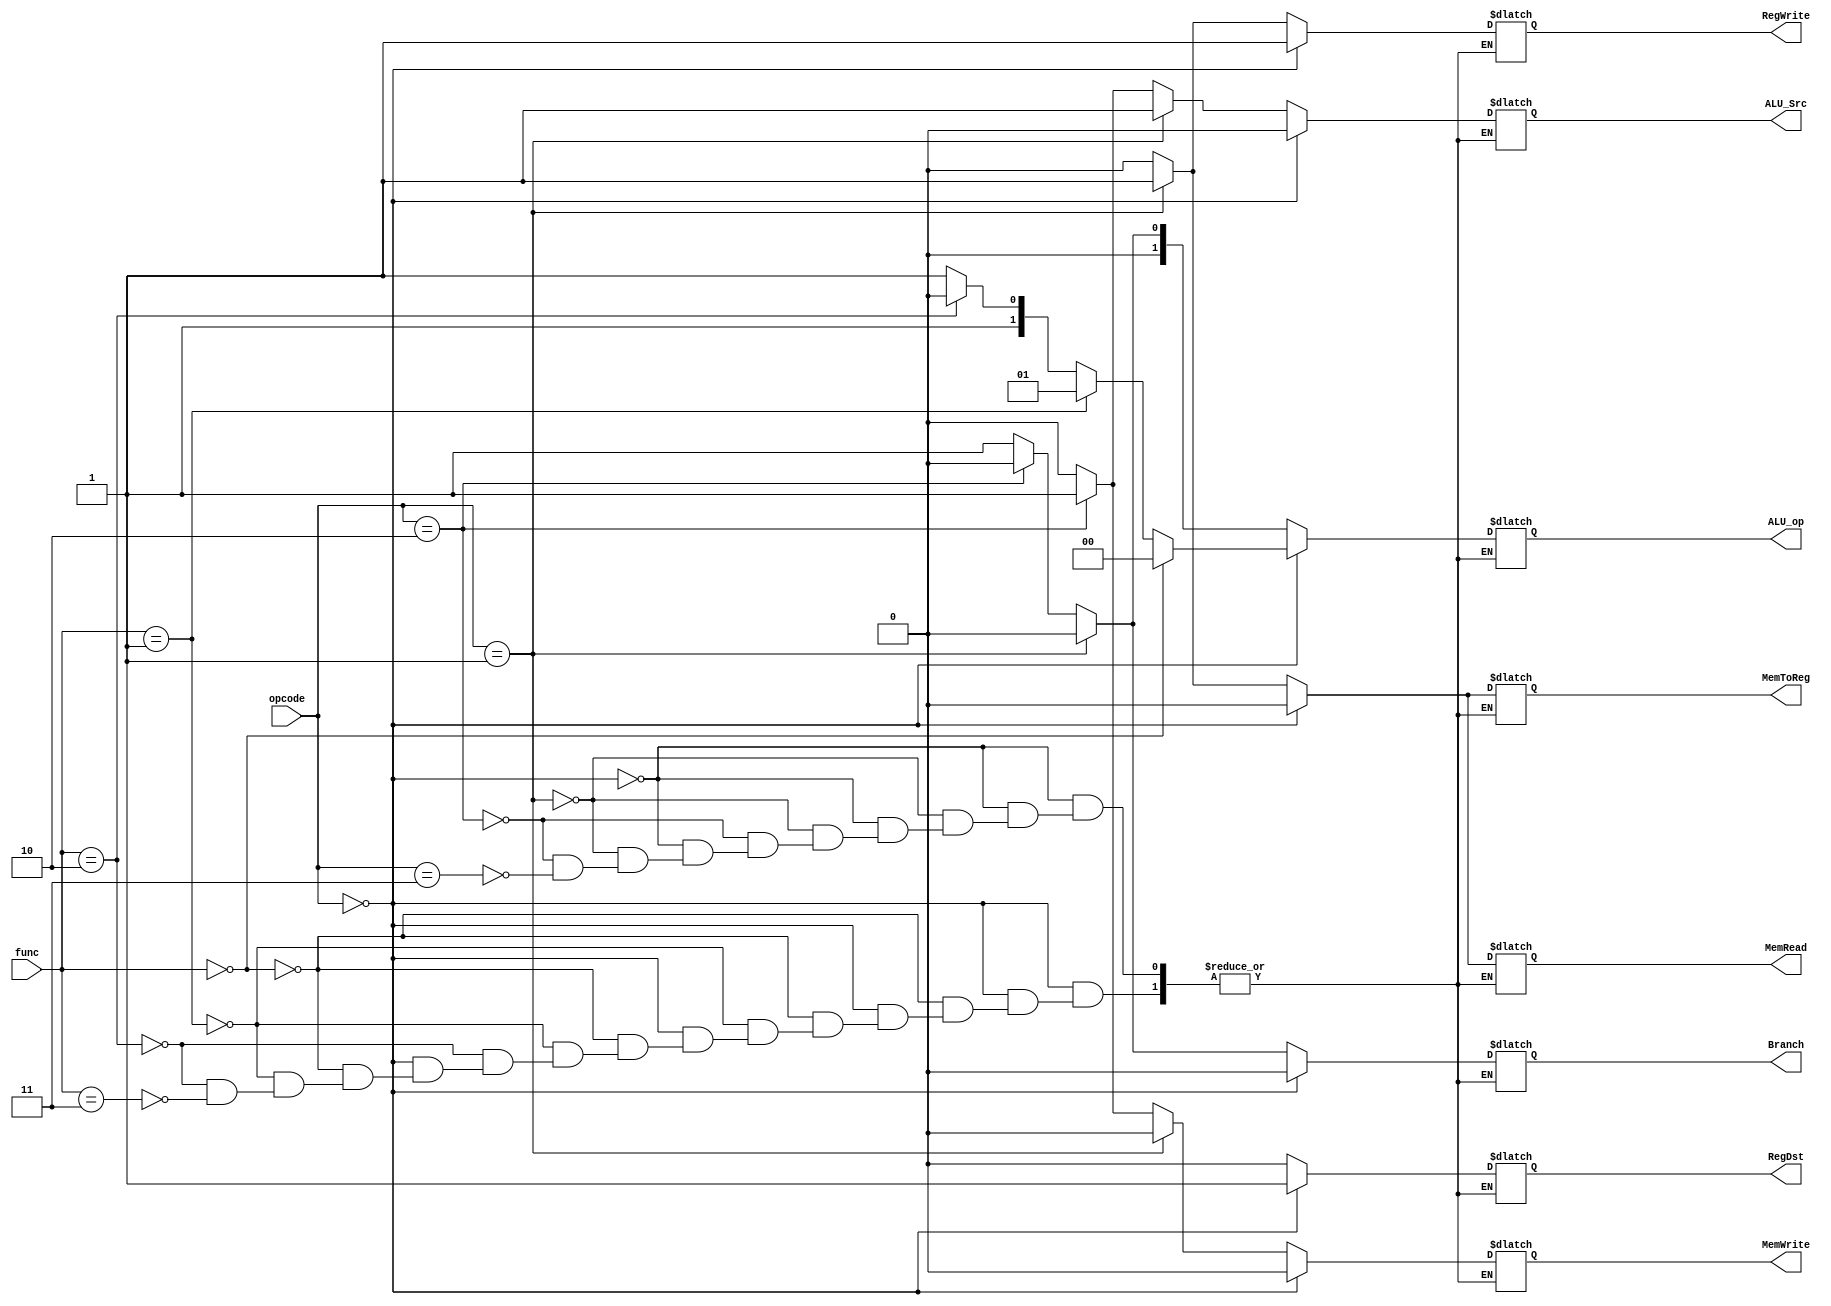
module Controller(
    opcode,
    func,
    RegDst,
    ALU_Src,
    MemToReg,
    RegWrite,
    MemRead,
    MemWrite,
    ALU_op,
    Branch
);
    input [5:0] opcode;
    input [5:0] func;
    output reg RegDst;
    output reg ALU_Src;
    output reg MemToReg;
    output reg RegWrite;
    output reg MemRead;
    output reg MemWrite;
    output reg Branch;
    output reg [1:0] ALU_op;


    always @(opcode or func)
    begin
        if (opcode==6'd0)begin
            if(func==6'd0)begin
                RegDst = 1;
                ALU_Src = 0; 
                MemToReg = 0;
                RegWrite = 1;
                MemRead = 0;
                MemWrite = 0;
                Branch = 0;
                ALU_op = 2'd0;
            end
            else if(func==6'd1)begin
                RegDst = 1;
                ALU_Src = 0; 
                MemToReg = 0;
                RegWrite = 1;
                MemRead = 0;
                MemWrite = 0;
                Branch = 0;
                ALU_op = 2'd1;
            end
            else if(func==6'd2)begin
                RegDst = 1;
                ALU_Src = 0; 
                MemToReg = 0;
                RegWrite = 1;
                MemRead = 0;
                MemWrite = 0;
                Branch = 0;
                ALU_op = 2'b10;
            end
            else if(func==6'd3)begin
                RegDst = 1;
                ALU_Src = 0; 
                MemToReg = 0;
                RegWrite = 1;
                MemRead = 0;
                MemWrite = 0;
                Branch = 0;
                ALU_op = 2'd3;
            end
        end
        else if(opcode==6'd1)begin
            RegDst = 0;
            ALU_Src = 1; 
            MemToReg = 1;
            RegWrite = 1;
            MemRead = 1;
            MemWrite = 0;
            Branch = 0;
            ALU_op = 2'd0;
        end
        else if(opcode==6'd2)begin
            RegDst = 0;
            ALU_Src = 1; 
            MemToReg = 0;
            RegWrite = 0;
            MemRead = 0;
            MemWrite = 1;
            Branch = 0;
            ALU_op = 2'd0;
        end
        else if(opcode==6'd3)begin
            RegDst = 0;
            ALU_Src = 0; 
            MemToReg = 0;
            RegWrite = 0;
            MemRead = 0;
            MemWrite = 0;
            Branch = 1;
            ALU_op = 2'd1;
        end
    end
endmodule

// module TestController;

//     reg [5:0] opcode;
//     reg [5:0] func;
//     wire RegDst;
//     wire ALU_Src;
//     wire MemToReg;
//     wire RegWrite;
//     wire MemRead;
//     wire MemWrite;
//     wire Branch;
//     wire [1:0] ALU_op;    

//     Controller controll(.opcode(opcode),.func(func),.RegDst(RegDst),.ALU_Src(ALU_Src),.MemToReg(MemToReg),.RegWrite(RegWrite),.MemRead(MemRead),.MemWrite(MemWrite),.Branch(Branch),.ALU_op(ALU_op));
//     initial
//     begin
//         opcode = 6'd0;
//         func = 6'd2;

//         #10;

//         opcode = 6'd1;

//         #10;

//         opcode = 6'd2;

//         #10;
//         opcode = 6'd3;

//         #10;
//         opcode = 6'd0;
//         func = 6'd0;

//         #10;

//         opcode = 6'd0;
//         func = 6'd3;

//         #10;

//         opcode = 6'd0;
//         func = 6'd1;

//     end

// endmodule